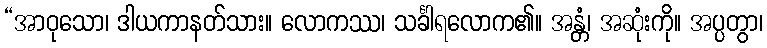
“အာဝုသော၊ ဒါယကာနတ်သား။ လောကဿ၊ သင်္ခါရလောက၏။ အန္တံ၊ အဆုံးကို။ အပ္ပတွာ၊